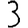
Digit: 3